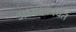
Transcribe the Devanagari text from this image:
अध्यक्षांपर्यंत